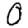
Digit: 0